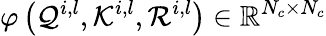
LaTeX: \varphi\left(\mathcal{Q}^{i,l},\mathcal{K}^{i,l},\mathcal{R}^{i,l}\right)\in\mathbb{R}^{N_{c}\times N_{c}}